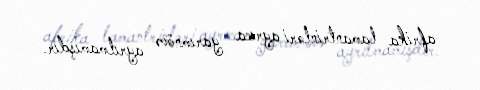
afrika lamantrinləri ayrıca yarımnövə ayrılmamışdır.